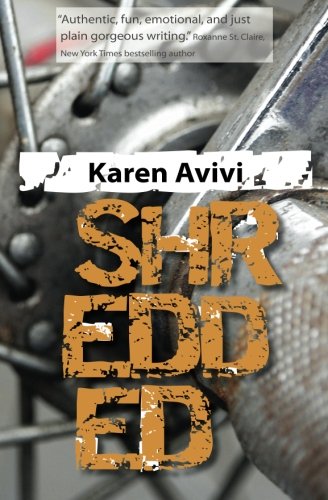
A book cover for Shredded; Karen Avivi; Teen & Young Adult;